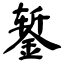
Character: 錾